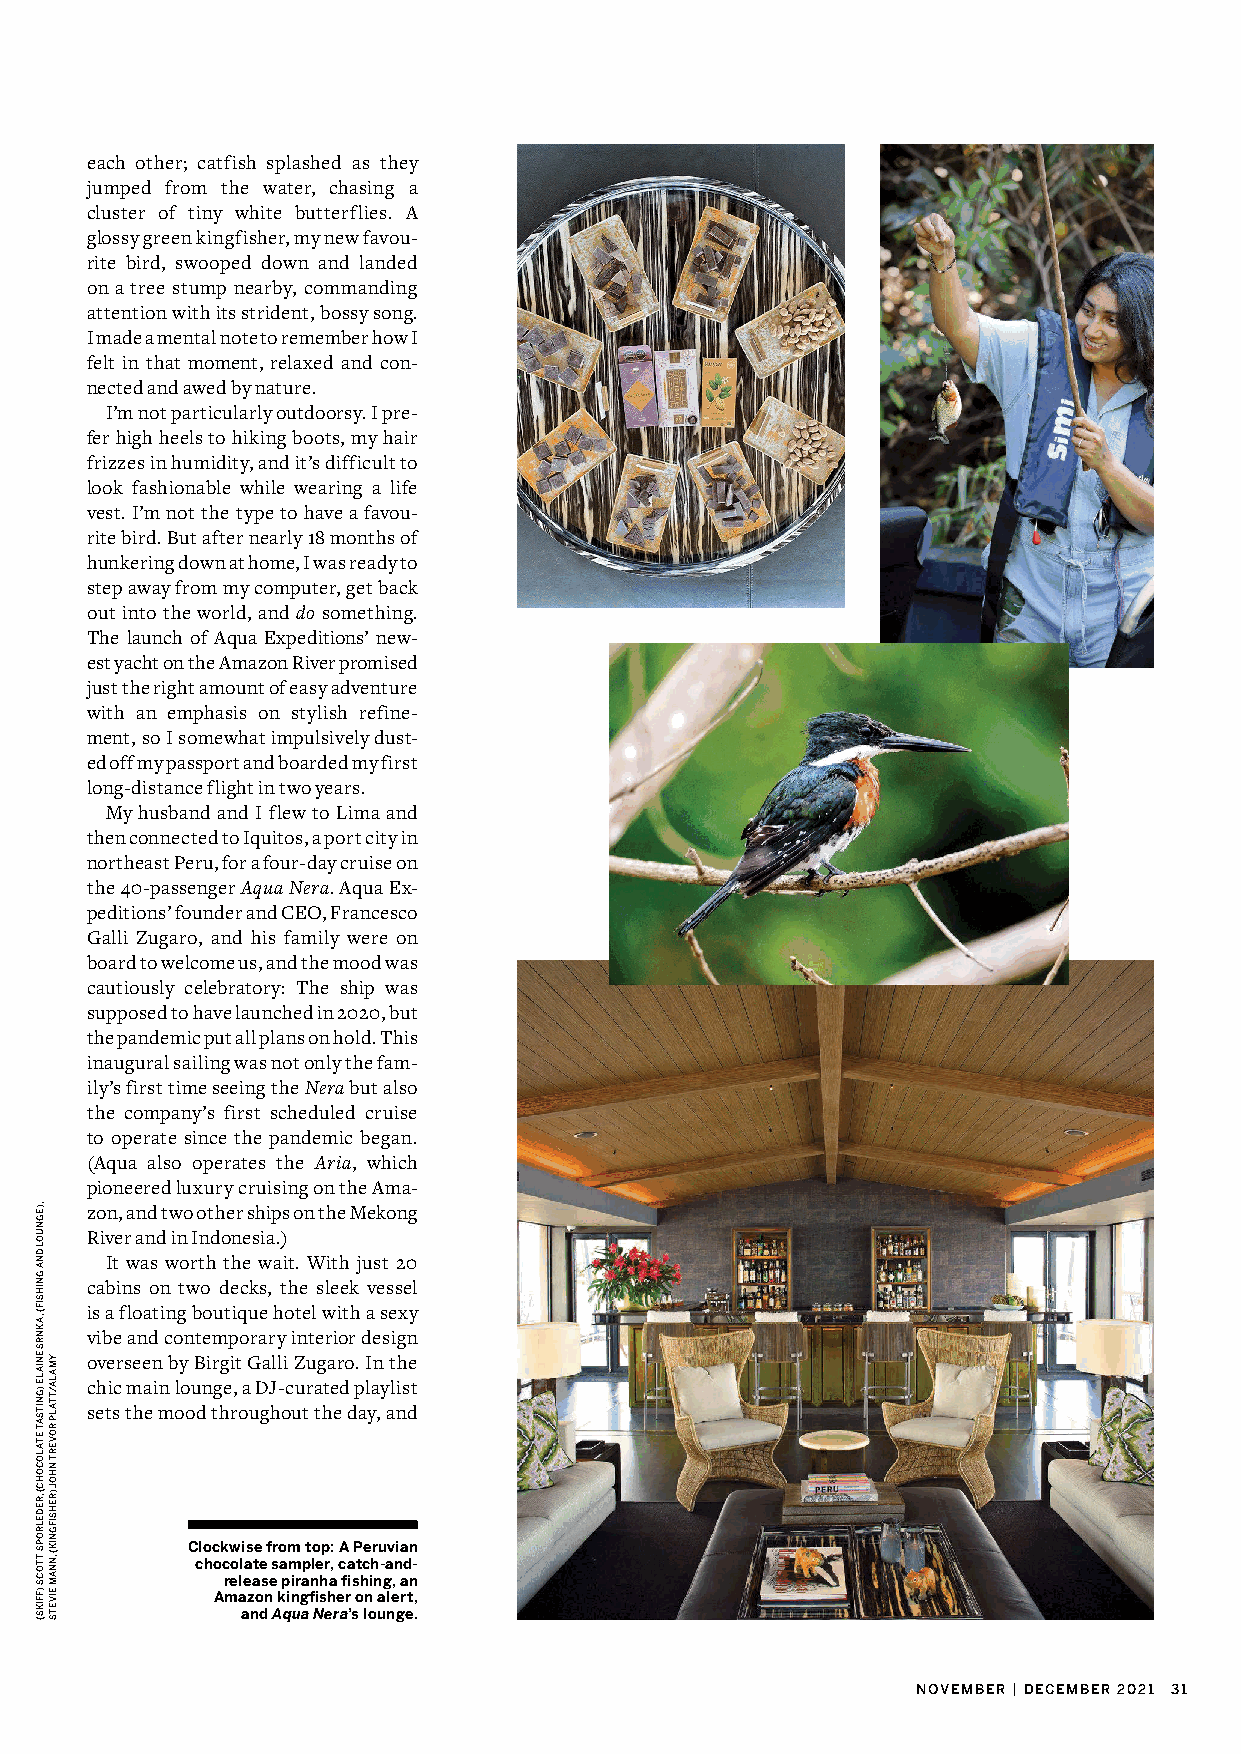
each other; catfish splashed as they
 jumped from the water, chasing a
 cluster of tiny white butterflies. A
 glossy green kingfisher, my new favou-
 rite bird, swooped down and landed
 on a tree stump nearby, commanding
 attention with its strident, bossy song.
 I made a mental note to remember how I
 felt in that moment, relaxed and con-
 nected and awed by nature.
 I’m not particularly outdoorsy. I pre-
 fer high heels to hiking boots, my hair
 frizzes in humidity, and it’s difficult to
 look fashionable while wearing a life
 vest. I’m not the type to have a favou-
 rite bird. But after nearly 18 months of
 hunkering down at home, I was ready to
 step away from my computer, get back
 out into the world, and do something.
 The launch of Aqua Expeditions’ new-
 est yacht on the Amazon River promised
 just the right amount of easy adventure
 with an emphasis on stylish refine-
 ment, so I somewhat impulsively dust-
 ed off my passport and boarded my first
 long-distance flight in two years.
 My husband and I flew to Lima and
 then connected to Iquitos, a port city in
 northeast Peru, for a four-day cruise on
 the 40-passenger Aqua Nera. Aqua Ex-
 peditions’ founder and CEO, Francesco
 Galli Zugaro, and his family were on
 board to welcome us, and the mood was
 cautiously celebratory: The ship was
 supposed to have launched in 2020, but
 the pandemic put all plans on hold. This
 inaugural sailing was not only the fam-
 ily’s first time seeing the Nera but also
 the company’s first scheduled cruise
 to operate since the pandemic began.
 (Aqua also operates the Aria, which
 pioneered luxury cruising on the Ama-
 zon, and two other ships on the Mekong
 River and in Indonesia.)
 It was worth the wait. With just 20
 cabins on two decks, the sleek vessel
 is a floating boutique hotel with a sexy
 vibe and contemporary interior design
 overseen by Birgit Galli Zugaro. In the
 chic main lounge, a DJ-curated playlist
 sets the mood throughout the day, and
 Clockwise from top: A Peruvian
 chocolate sampler, catch-and-
 release piranha fishing, an
 Amazon kingfisher on alert,
 and Aqua Nera’s lounge.
 NOVEMBER | DECEMBER 2021 31
 ,)EGNUOL
 DNA
 GNIHSIF(
 ,AKNRS
 ENIALE
 )GNITSAT
 ETALOCOHC(
 ,REDELROPS
 TTOCS
 )FFIKS(
 YMALA/TTALP
 ROVERT
 NHOJ
 )REHSIFGNIK(
 ,NNAM
 EIVETS